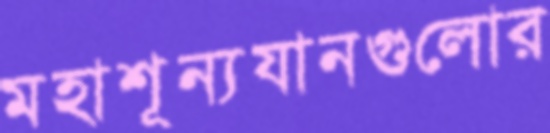
মহাশূন্যযানগুলোর